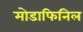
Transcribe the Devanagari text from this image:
मोडाफिनिल